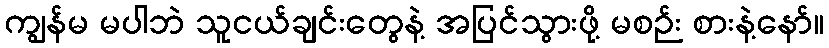
ကျွန်မ မပါဘဲ သူငယ်ချင်းတွေနဲ့ အပြင်သွားဖို့ မစဉ်း စားနဲ့နော်။